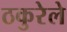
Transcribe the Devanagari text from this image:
ठकुरेले